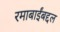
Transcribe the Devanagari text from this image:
रमाबाईंबद्दल